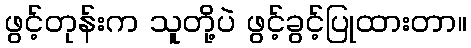
ဖွင့်တုန်းက သူတို့ပဲ ဖွင့်ခွင့်ပြုထားတာ။